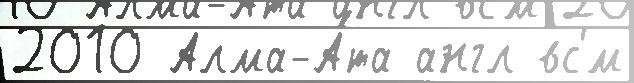
2010 Алма-А́та англ вс'́м